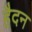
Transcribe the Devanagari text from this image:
हैदन